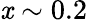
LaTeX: \mathit{x}\sim0.2